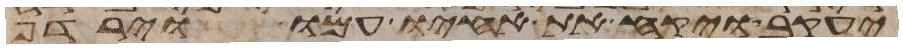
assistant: יעקב ויקח את אחיו עמו וירדף